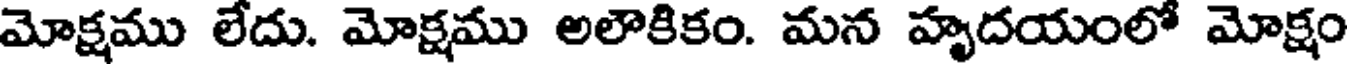
మోక్షము లేదు. మోక్షము అలౌకికం. మన హృదయంలో మోక్షం